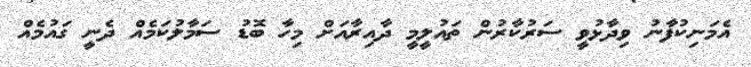
އެމަނިކުފާނު ވިދާޅުވީ ސަރުކާރުން ތައުލީމީ ދާއިރާއަށް މިހާ ބޮޑު ސަމާލުކަމެއް ދެނީ ގައުމެއް